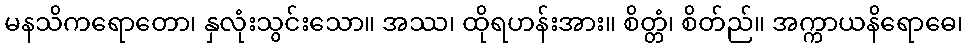
မနသိကရောတော၊ နှလုံးသွင်းသော။ အဿ၊ ထိုရဟန်းအား။ စိတ္တံ၊ စိတ်ည်။ အက္ကာယနိရောဓေ၊